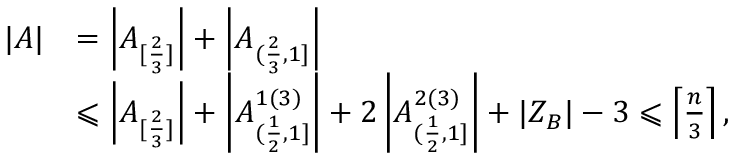
\begin{array} { r l } { | A | } & { = \left| A _ { [ \frac { 2 } { 3 } ] } \right| + \left| A _ { ( \frac { 2 } { 3 } , 1 ] } \right| } \\ & { \leqslant \left| A _ { [ \frac { 2 } { 3 } ] } \right| + \left| A _ { ( \frac { 1 } { 2 } , 1 ] } ^ { 1 ( 3 ) } \right| + 2 \left| A _ { ( \frac { 1 } { 2 } , 1 ] } ^ { 2 ( 3 ) } \right| + | Z _ { B } | - 3 \leqslant \left\lceil \frac { n } { 3 } \right\rceil , } \end{array}